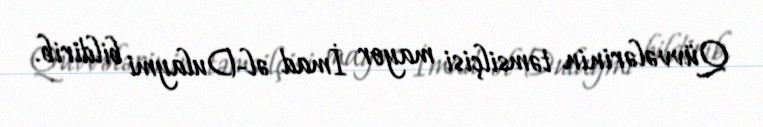
Qüvvələrinin təmsilçisi mayor İmad əl-Dulaymi bildirib.